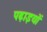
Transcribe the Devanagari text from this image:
पढ़ाइयों